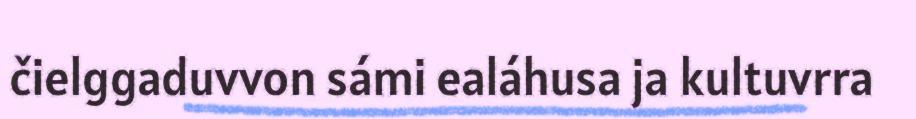
čielggaduvvon sámi ealáhusa ja kultuvrra